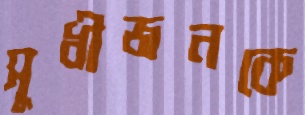
সুধীজনকে